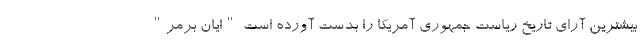
بیشترین آرای تاریخ ریاست جمهوری آمریکا را بدست آورده است "ایان برمر"